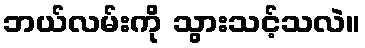
ဘယ်လမ်းကို သွားသင့်သလဲ။